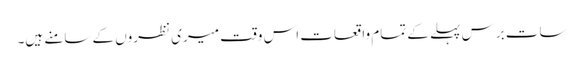
سات برس پہلے کے تمام واقعات اس وقت میری نظروں کے سامنے ہیں۔